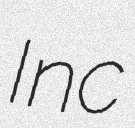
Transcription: Inc